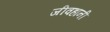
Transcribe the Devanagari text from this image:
जीवहानी